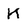
Character: K